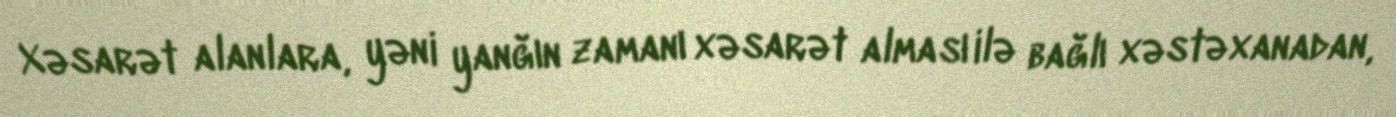
Xəsarət alanlara, yəni yanğın zamanı xəsarət alması ilə bağlı xəstəxanadan,